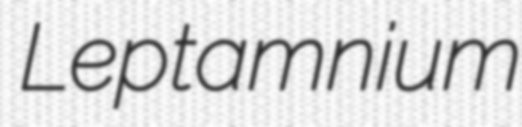
Leptamnium